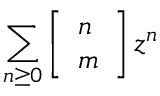
\sum _ { n \geq 0 } \left[ { \begin{array} { l } { n } \\ { m } \end{array} } \right] z ^ { n }